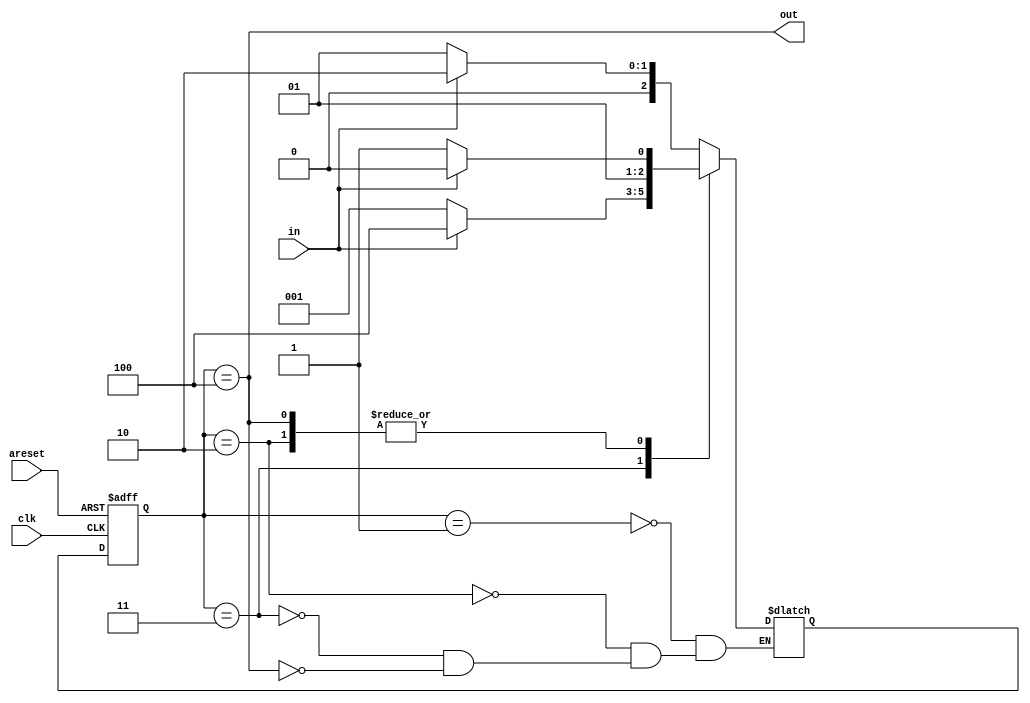
// This program was cloned from: https://github.com/matthewdelorenzo/CreativEval
// License: BSD 3-Clause "New" or "Revised" License

module top_module(
    input clk,
    input in,
    input areset,
    output out); //
    
    reg [2:0] state, next_state;
    parameter A=1, B=2, C=3, D=4; 
    // State transition logic
    always @(*) begin
        case (state)
            A: next_state <= in ? B : A;
            B: next_state <= in ? B : C;
            C: next_state <= in ? D : A;
            D: next_state <= in ? B : C;
        endcase
    end

    // State flip-flops with asynchronous reset
    always @(posedge clk or posedge areset) begin
        if(areset) begin
            state <= A;
        end else begin
            state <= next_state;
        end
    end

    // Output logic
    assign out = (state == D);
endmodule